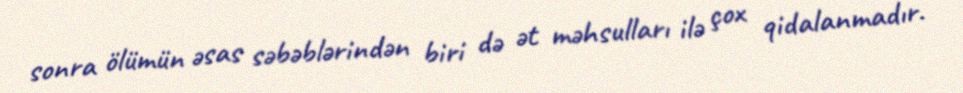
sonra ölümün əsas səbəblərindən biri də ət məhsulları ilə çox qidalanmadır.